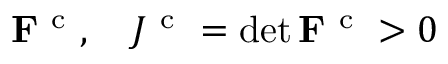
{ \bf F } ^ { \mathrm { ~ c ~ } } , \quad J ^ { \mathrm { ~ c ~ } } = \operatorname* { d e t } { \bf F } ^ { \mathrm { ~ c ~ } } > 0